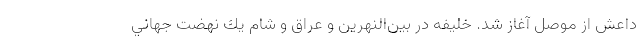
داعش از موصل آغاز شد. خليفه در بين‌النهرين و عراق و شام يك نهضت جهاني